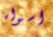
اسواء